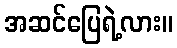
အဆင်ပြေရဲ့လား။